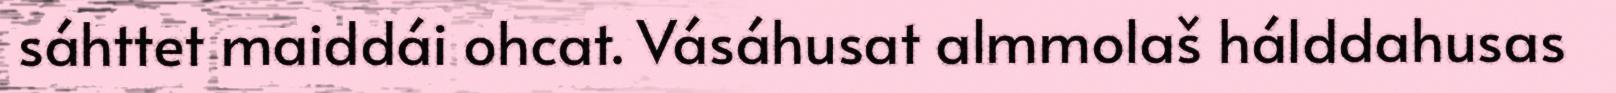
sáhttet maiddái ohcat. Vásáhusat almmolaš hálddahusas